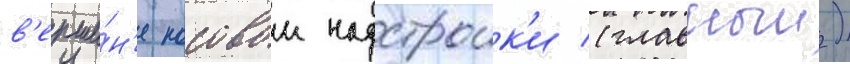
в'ерши́н'е носовои надстроик'и (главныи)